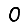
Digit: 0